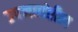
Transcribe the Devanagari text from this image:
उपनद्यांतील